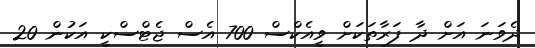
ދެވަނަ އަށް ދާ ފަރާތަކަށް ވީއެކްސް 700 އެސް ޖެޓްސްކީ އަކުން 20